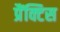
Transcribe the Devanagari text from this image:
प्रैंक्टिस